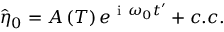
\hat { \eta } _ { 0 } = A \left( T \right) e ^ { \mathrm { ~ i ~ } \omega _ { 0 } t ^ { \prime } } + c . c .